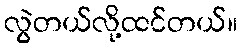
လွဲတယ်လို့ထင်တယ်။